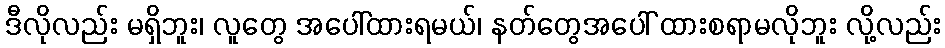
ဒီလိုလည်း မရှိဘူး၊ လူတွေ အပေါ်ထားရမယ်၊ နတ်တွေအပေါ် ထားစရာမလိုဘူး လို့လည်း